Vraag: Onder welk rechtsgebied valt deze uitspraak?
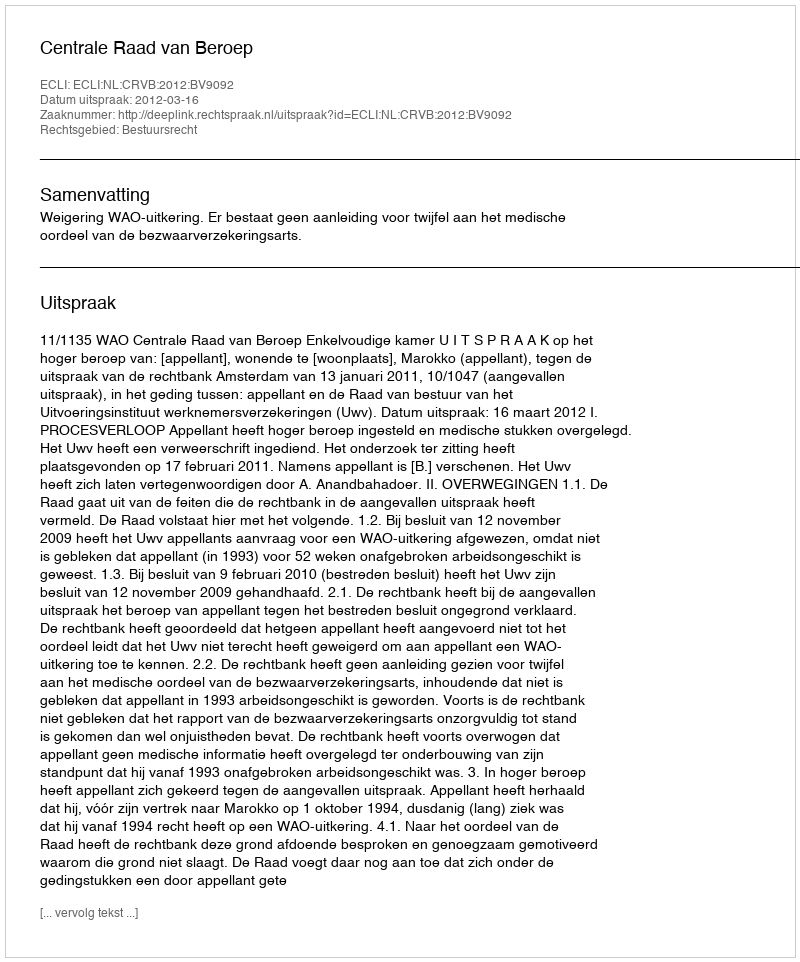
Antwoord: Bestuursrecht